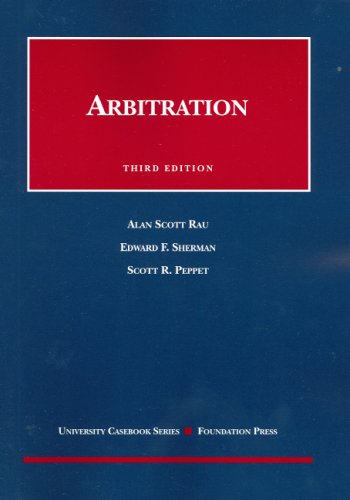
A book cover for Arbitration (University Casebook Series); Alan Rau; Law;